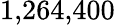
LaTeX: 1{,}264{,}400